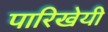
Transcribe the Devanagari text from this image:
पारिखेयी